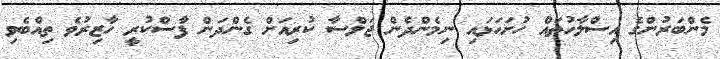
މެންބަރުންގެ އިސްލާހުތައް ހުށަހަޅައި ނިމެންދެން ޖަލްސާ ކުރިއަށް ގެންދަން ފާސްކުރީ ހާޒިރުވެ ތިއްބެވި